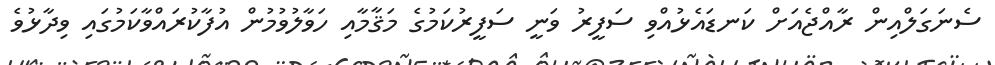
ސެނަގަލްއިން ރާއްޖެއަށް ކަނޑައެޅުއްވި ސަފީރު ވަނީ ސަފީރުކަމުގެ މަޤާމާއި ހަވާލުވުމުން އުފާކުރައްވާކަމުގައި ވިދާޅުވެ